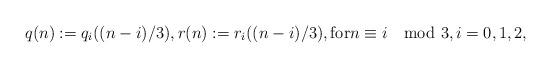
LaTeX: \begin{align*} q(n) := q_i((n-i)/3), r(n) := r_i((n-i)/3), \mbox{for} n \equiv i \mod 3, i = 0, 1, 2, \end{align*}